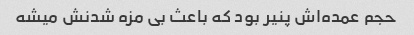
حجم عمده‌اش پنیر بود که باعث بی مزه شدنش میشه